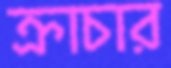
ক্রাচার